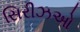
સિરીઝઓ